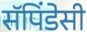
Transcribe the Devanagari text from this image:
सॅपिंडेसी